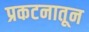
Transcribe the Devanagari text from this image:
प्रकटनातून